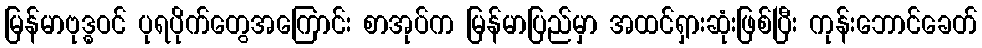
မြန်မာဗုဒ္ဓဝင် ပုရပိုက်တွေအကြောင်း စာအုပ်က မြန်မာပြည်မှာ အထင်ရှားဆုံးဖြစ်ပြီး ကုန်းဘောင်ခေတ်